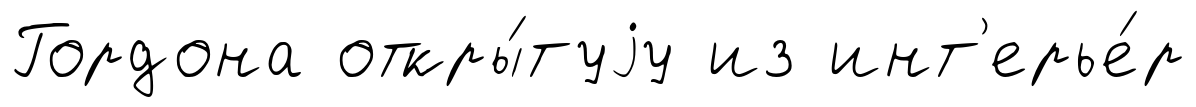
Гордона откры́туjу из инт'ерье́р